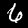
Label: 6